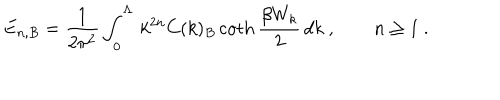
E _ { n , B } = \frac 1 { 2 \pi ^ { 2 } } \int _ { 0 } ^ { \Lambda } \, k ^ { 2 n } C ( k ) _ { B } \coth \frac { \beta W _ { k } } 2 \, d k \ , \qquad n \ge 1 \ .